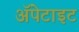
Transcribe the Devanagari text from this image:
अॅपेटाइट